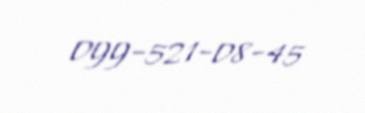
099-521-08-45